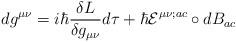
\begin{align*}dg^{\mu\nu}=i\hbar\frac{\delta L}{\delta g_{\mu\nu}}d\tau+\hbar{\cal E}^{\mu \nu;ac}\circ dB_{ac}\end{align*}